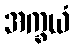
အက္ခယံ